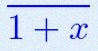
\frac{1}{1+x}